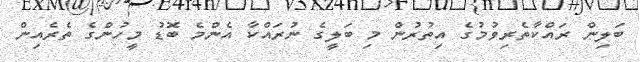
ބަލިން ރައްކާތެރިވުމުގެ އިތުރުން މި ބަލީގެ ނުރައްކާ އެންމެ ބޮޑު މީހުންގެ ތެރެއިން